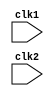
`timescale 1ns / 1ps
module mips(
input clk1,clk2
 );
 reg [31:0] PC,IF_ID_IR,IF_ID_NPC;
 reg [31:0] ID_EX_IR,ID_EX_NPC,ID_EX_A,ID_EX_B,ID_EX_Imm;
 reg [2:0] ID_EX_TYPE,EX_MEM_TYPE,MEM_WB_TYPE;
 reg [31:0] EX_MEM_IR,EX_MEM_Aluout,EX_MEM_B;
 reg [31:0] MEM_WB_IR,MEM_WB_Aluout,MEM_WB_LMD;
 reg        EX_MEM_Cond;
 reg [31:0] Reg [0:31];    //Register Bank
 reg [31:0] Mem [0:1023];     //Memory 1024*32
 parameter ADD=6'b000000,
           SUB=6'b000001,
           AND=6'b000010,
           OR=6'b000011,
           SLT=6'b000100,
           MUL=6'b000101,
           HLT=6'b111111,
           LW=6'b001000,
           SW=6'b001001,
           ADDI=6'b001010,
           SUBI=6'b001011,
           SLTI=6'b001100,
           BNEQZ=6'b001101,
           BEQZ=6'b001110;
parameter RR_ALU=3'B000,RM_ALU=3'b001,LOAD=3'B010,STORE=3'b011,BRANCH=3'b100,HALT=3'b101;          
           
reg HALTED;
reg TAKEN_BRANCH;

//INSTRUCTION FETCH STAGE OF PIPELINE

always @ (posedge clk1)
if (HALTED ==0)
begin

if (((EX_MEM_IR[31:26] == BEQZ)&&(EX_MEM_Cond==1))||((EX_MEM_IR[31:26] == BNEQZ)&&(EX_MEM_Cond==0)))

begin
IF_ID_IR <= #2 Mem[EX_MEM_Aluout];
TAKEN_BRANCH <= #2 1'b1;
TAKEN_BRANCH <= #2 EX_MEM_Aluout+1;
IF_ID_NPC <= #2 EX_MEM_Aluout+1;
PC <= #2 EX_MEM_Aluout+1;
end

else
begin
IF_ID_IR <= #2 Mem[PC];
IF_ID_NPC <= #2 PC+1;
PC <= #2 PC+1;
end
end


//INSTRUCTION DECODE STAGE

always @(posedge clk2)
if(HALTED == 0)
begin

if (IF_ID_IR[25:21] == 5'b00000) ID_EX_A <= 0;
else ID_EX_A <= #2 Reg [IF_ID_IR[25:21]];

if (IF_ID_IR[20:16] == 5'b00000) ID_EX_B <= 0;
else ID_EX_B <= #2 Reg [IF_ID_IR[20:16]];

ID_EX_NPC <= #2 IF_ID_NPC;
ID_EX_IR <= #2 IF_ID_IR;
ID_EX_Imm <= #2 {{16{IF_ID_IR[15]}},{IF_ID_IR[15:0]}};


case(IF_ID_IR[31:26])
ADD,SUB,AND,OR,SLT,MUL : ID_EX_TYPE <= #2 RR_ALU;
ADDI,SUBI,SLTI : ID_EX_TYPE <= #2 RM_ALU;
LW : ID_EX_TYPE <= #2 LOAD;
SW : ID_EX_TYPE <= #2 STORE;
BNEQZ,BEQZ : ID_EX_TYPE <= #2 BRANCH;
HLT :ID_EX_TYPE <= #2 HALT;
default : ID_EX_TYPE <= #2 HALT;    //invalid opcode
endcase

end

 //Instruction Execution Stage
 
always @(posedge clk1)
if(HALTED ==0)
begin
EX_MEM_TYPE <= #2 ID_EX_TYPE;
EX_MEM_IR <= #2 ID_EX_IR;
TAKEN_BRANCH <= #2 0;

case (ID_EX_TYPE)

RR_ALU : begin
case(ID_EX_IR[31:26])
ADD: EX_MEM_Aluout <= #2 ID_EX_A + ID_EX_B;
SUB: EX_MEM_Aluout <= #2 ID_EX_A - ID_EX_B;
AND: EX_MEM_Aluout <= #2 ID_EX_A & ID_EX_B;
OR: EX_MEM_Aluout <= #2 ID_EX_A | ID_EX_B;
SLT: EX_MEM_Aluout <= #2 ID_EX_A < ID_EX_B;
MUL:EX_MEM_Aluout <= #2 ID_EX_A * ID_EX_B;
default: EX_MEM_Aluout <= #2 32'hxxxxxxxx;
endcase
end

RM_ALU: begin
case(ID_EX_IR[31:26])
ADDI: EX_MEM_Aluout <= #2 ID_EX_A + ID_EX_Imm;
SUBI:EX_MEM_Aluout <= #2 ID_EX_A - ID_EX_Imm;
SLTI:EX_MEM_Aluout <= #2 ID_EX_A < ID_EX_Imm;
default: EX_MEM_Aluout <= #2 32'hxxxxxxxx;
endcase
end

LOAD,STORE:
begin
EX_MEM_Aluout <= #2 ID_EX_A + ID_EX_Imm;
EX_MEM_B <= #2 ID_EX_B;
end

BRANCH: begin
EX_MEM_Aluout <= #2 ID_EX_NPC + ID_EX_Imm;
EX_MEM_Cond <= #2 (ID_EX_A == 0);
end
endcase
end

//MEM STAGE

always @ (posedge clk2)
if (HALTED == 0)
begin
MEM_WB_TYPE <= #2 EX_MEM_TYPE;
MEM_WB_IR <= #2 EX_MEM_IR;

case(EX_MEM_TYPE)
RR_ALU,RM_ALU:
MEM_WB_Aluout <= #2 EX_MEM_Aluout;
LOAD: MEM_WB_LMD <= #2 Mem[EX_MEM_Aluout];
STORE: if(TAKEN_BRANCH == 0)
Mem[EX_MEM_Aluout] <= #2 EX_MEM_B;
endcase
end

//WRITE BACK STAGE

always @(posedge clk1)
begin
if(TAKEN_BRANCH == 0)
case(MEM_WB_TYPE)
RR_ALU: Reg[MEM_WB_IR[15:11]] <= #2 MEM_WB_Aluout;
RM_ALU: Reg[MEM_WB_IR[20:16]] <= #2 MEM_WB_Aluout;
LOAD: Reg[MEM_WB_IR[20:16]] <= #2 MEM_WB_LMD;
HALT: HALTED <= #2 1'B1;
endcase
end

endmodule